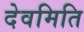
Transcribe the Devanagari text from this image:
देवमिति